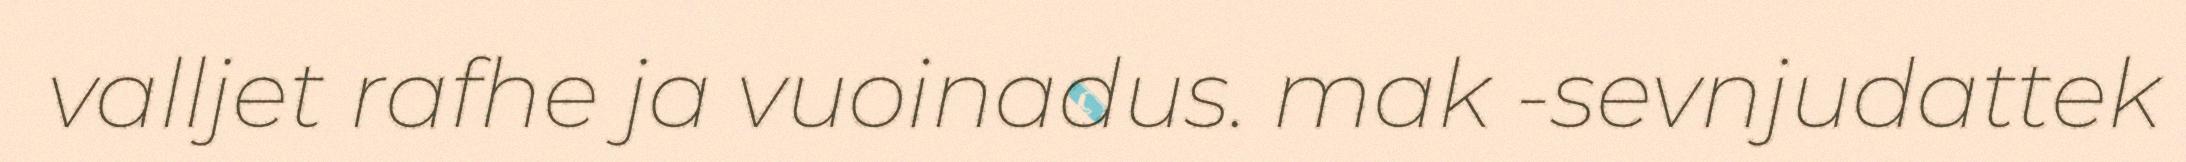
valljet rafhe ja vuoinadus. mak -sevnjudattek